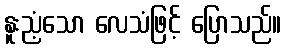
နူးညံ့သော လေသံဖြင့် ပြောသည်။